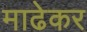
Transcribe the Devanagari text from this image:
माढेकर